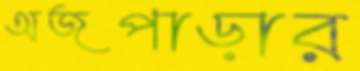
অজপাড়ার